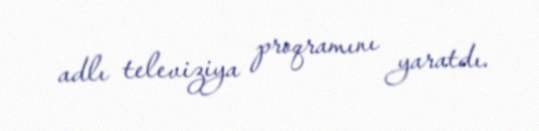
adlı televiziya proqramını yaratdı.